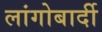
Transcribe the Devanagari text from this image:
लांगोबार्दी